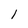
Character: l